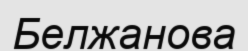
Белжанова